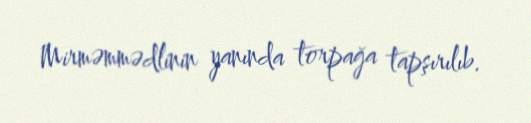
Mirməmmədlinin yanında torpağa tapşırılıb.